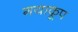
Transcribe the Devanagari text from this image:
गयाकूप